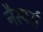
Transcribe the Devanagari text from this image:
नैस्पर्स